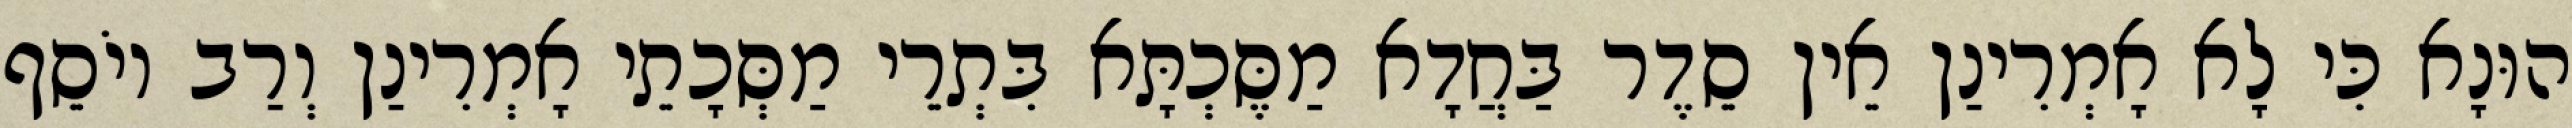
הוּנָא כִּי לָא אָמְרִינַן אֵין סֵדֶר בַּחֲדָא מַסֶּכְתָּא בִּתְרֵי מַסְּכָתֵי אָמְרִינַן וְרַב יוֹסֵף